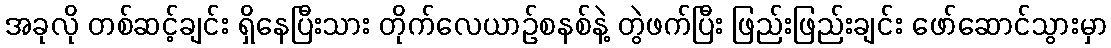
အခုလို တစ်ဆင့်ချင်း ရှိနေပြီးသား တိုက်လေယာဉ်စနစ်နဲ့ တွဲဖက်ပြီး ဖြည်းဖြည်းချင်း ဖော်ဆောင်သွားမှာ